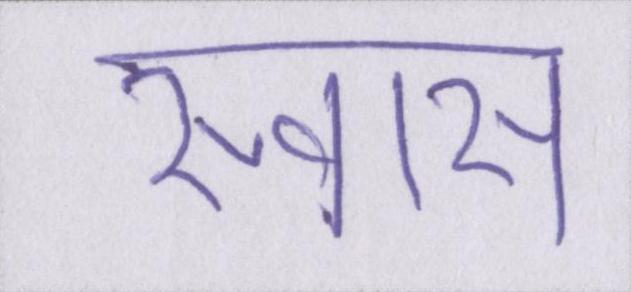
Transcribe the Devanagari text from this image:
स्वास